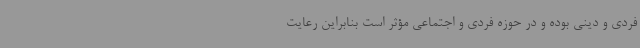
فردی و دینی بوده و در حوزه فردی و اجتماعی مؤثر است بنابراین رعایت